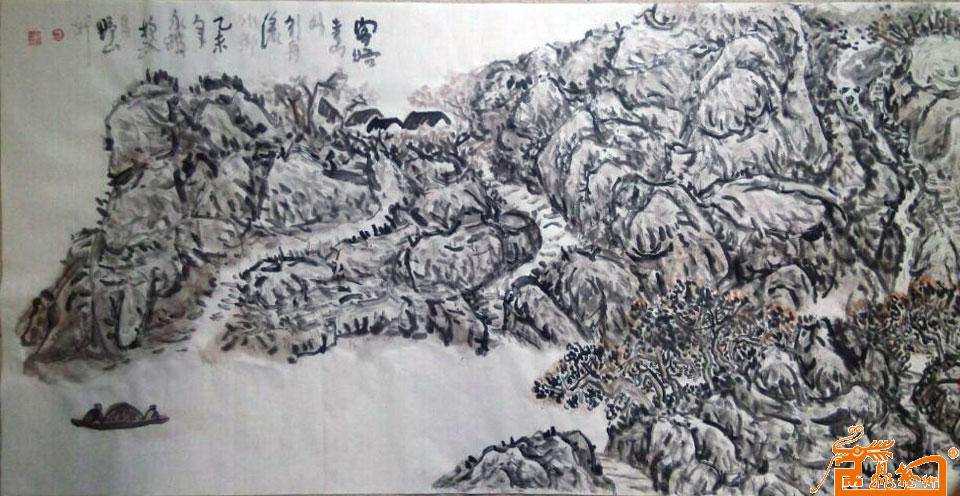
客路青山外，行舟绿水前。